Kassari_(Keina)_vallavalitsus, lk 40
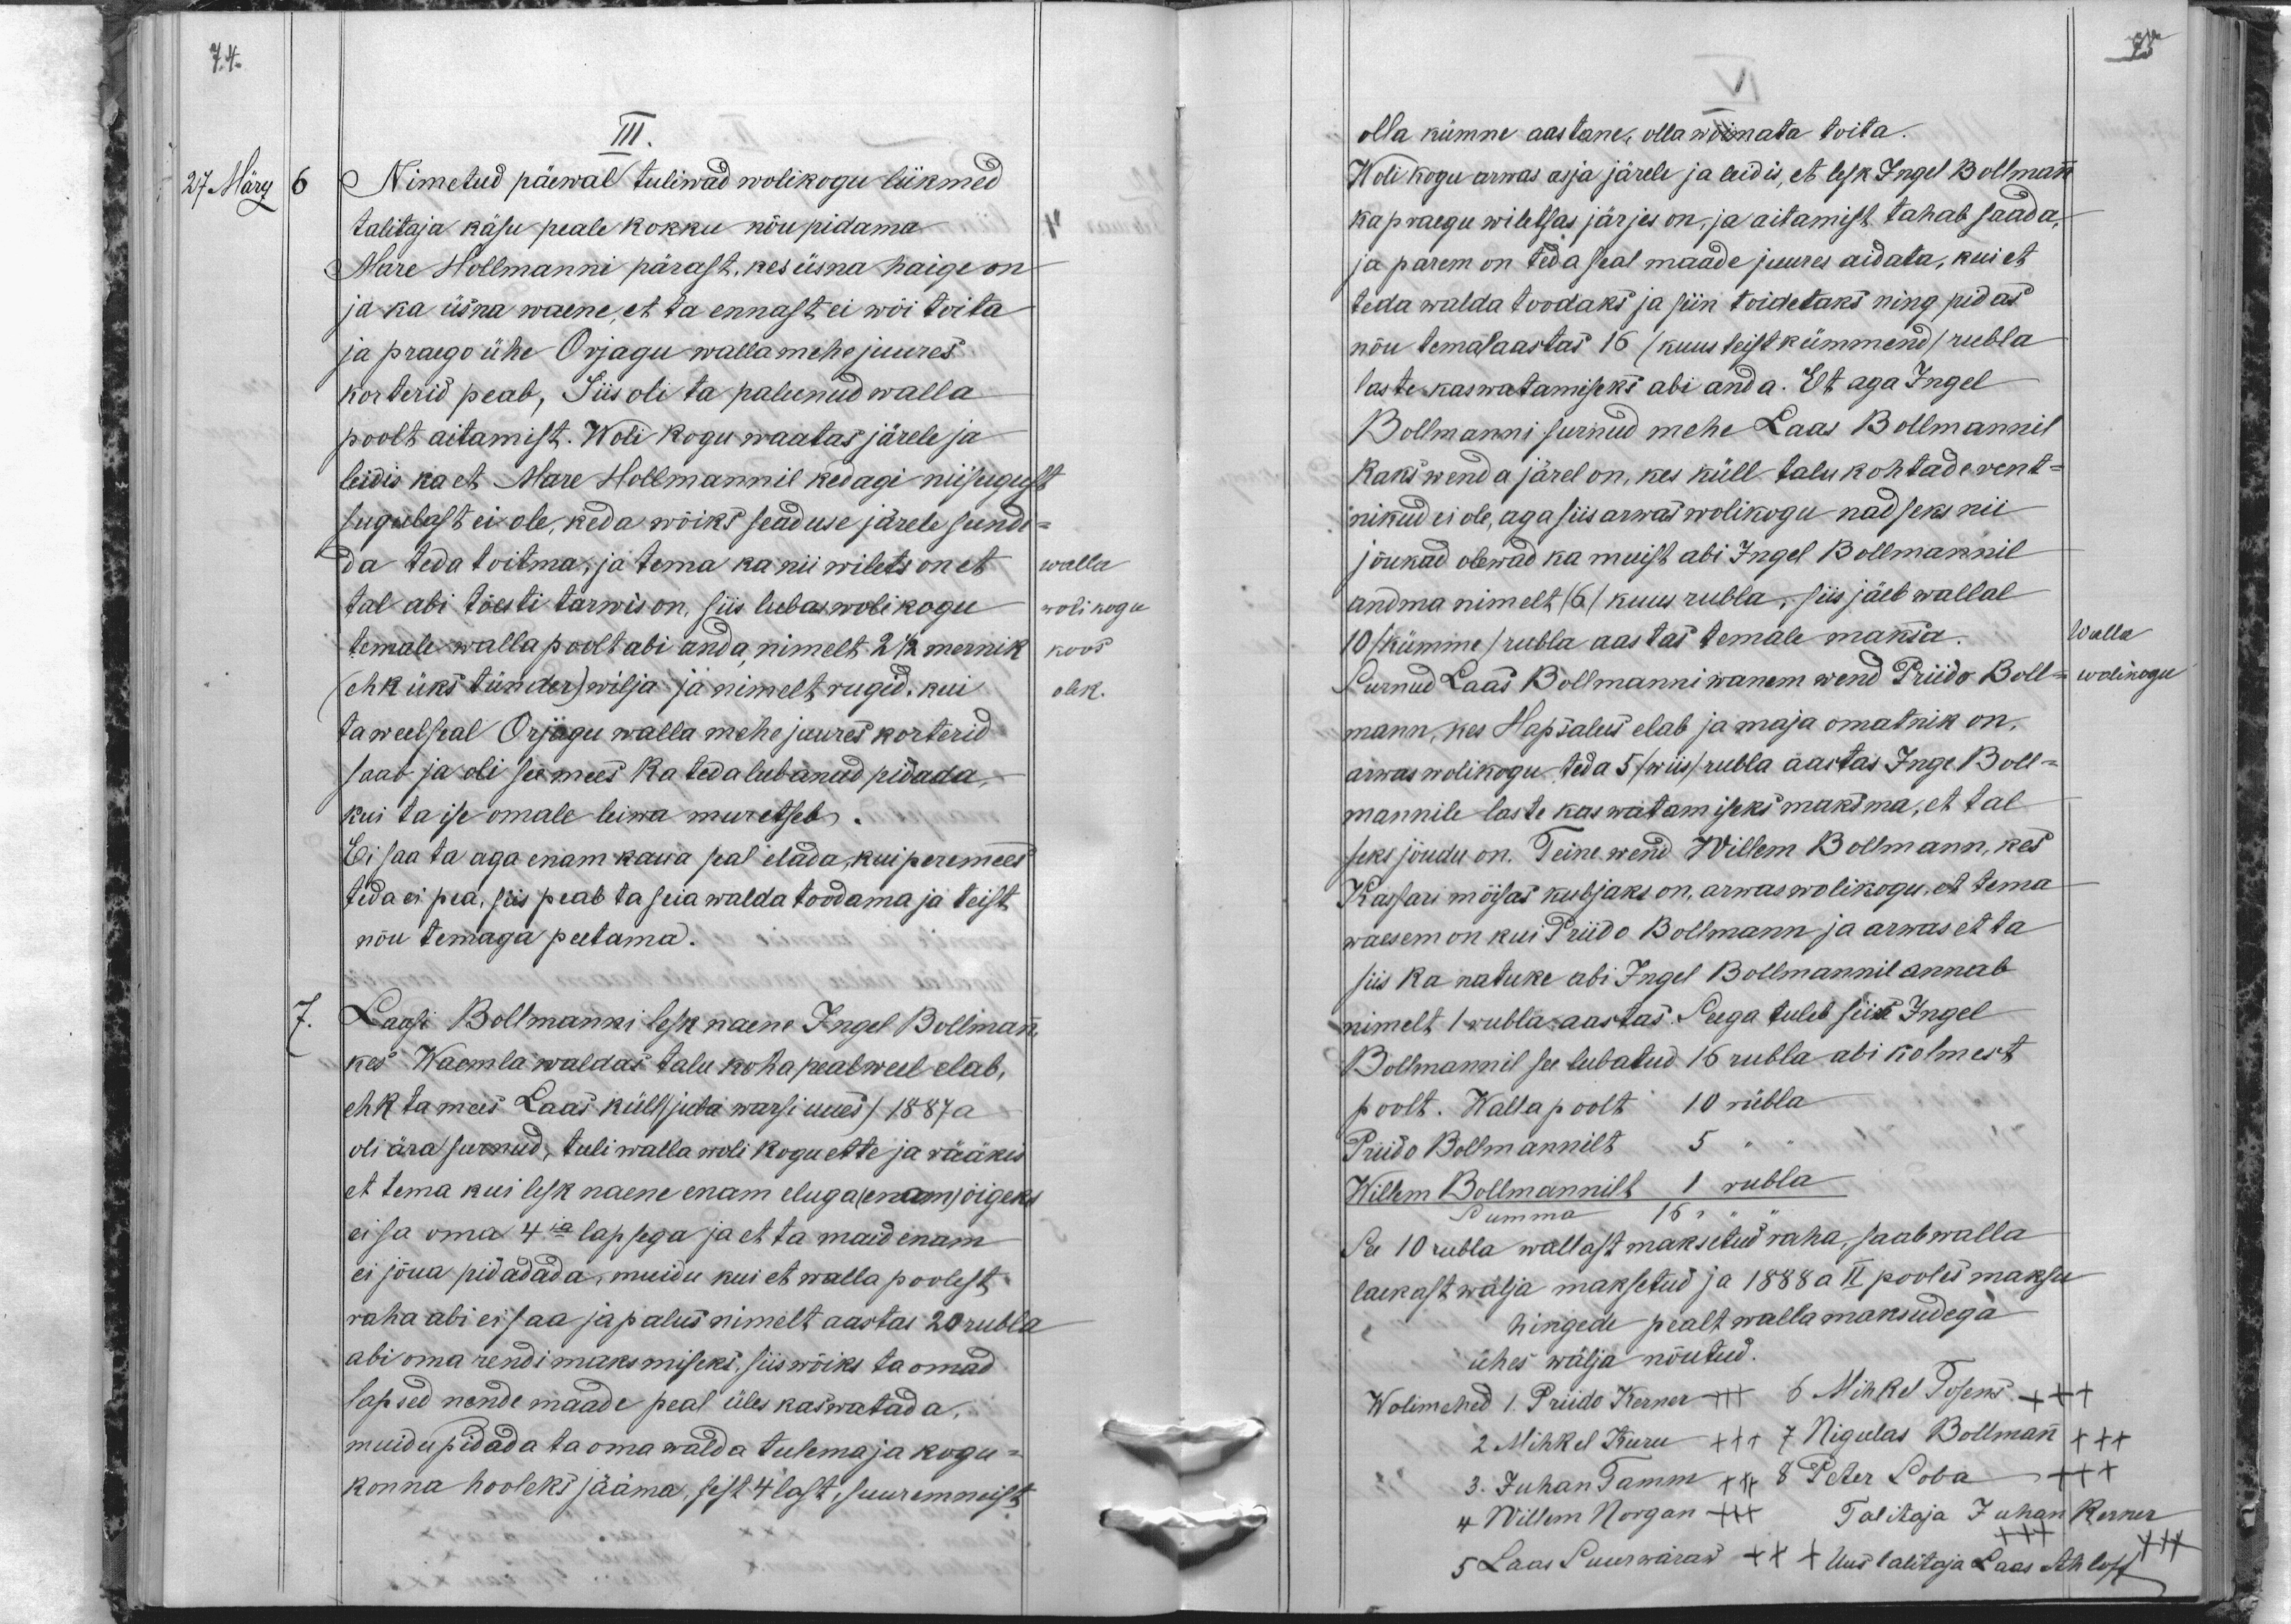
74

III.
27. März
6
Nimetud päewal tuliwad wolikogu liikmed
talitaja käsu peale kokku nõupidama
Mare Hollmanni pärast, kes üsna haige on
ja ka üsna waene, et ta ennast ei wõi toita
ja praego ühe Orjagu wallamehe juures
korterid peab, Siis oli ta palunud walla
poolt aitamist. Woli kogu waatas järele ja
leidis ka et Mare Hollmannil kedagi niisugust
sugulast ei ole, keda wõiks seaduse järele sundi-
da teda toitma, ja tema ka nii wilets on et
walla
tal abi tõesti tarwis on, siis lubas wolikogu
wolikogu
temale walla poolt abi anda nimelt 2 1/2 mernik
koos
(ehk üks tünder) wilja ja nimelt rugid, kui
olek.
ta weel seal Orjagu walla mehe juures korterid
saab ja oli see mees ka teda lubanud pidada,
kui ta ise omale leiwa muretseb.
Ei saa ta aga enam kaua seal elada, kui peremees
teda ei pea, siis peab ta seia walda toodama ja teist
nõu temaga peetama.
7.
Laasi Bollmanni lesk naene Ingel Bollmann
kes Waemla waldas talu koha peal weel elab,
ehk ta mees Laas küll (juba warsi uues) 1887 a
oli ära surnud, tuli walla wolikogu ette ja rääkis
et tema kui lesk naene enam eluga (enam) õigeks
ei sa oma 4ja lapsega ja et ta maid enam
ei jõua pidadada, muidu kui et walla poolest
raha abi ei saa ja palus nimelt aastas 20 rubla
abi oma rendi maksmiseks, siis wõiks ta omad
lapsed nende maade peal üles kaswatada,
muidu pidada ta oma walda tulema ja kogu-
konna hooleks jääma, sest 4 last, suurem neist

75
olla kümne aastane, olla wõimata toita.
Woli kogu arwas asja järele ja leidis, et lesk Ingel Bollmann
ka praegu wiletsas järjes on, ja aitamist tahab saada,
ja parem on teda seal maade juures aidata, kui et
teda walda toodaks ja siin toidetaks ning pidas
nõu temal aastas 16 (kuus teistkümmend) rubla
laste kaswatamiseks abi anda. Et aga Ingel
Bollmanni surnud mehe Laas Bollmannil
kaks wenda järel on, kes küll talu kohtade rent-
nikud ei ole, aga siis arwas wolikogu nad seks nii
jõukad olewad ka muist abi Ingel Bollmannil
andma nimelt /6/ kuus rubla, siis jäeb wallal
10/kümme/ rubla aastas temale maksa.
walla
Surnud Laas Bollmanni wanem wend Priido Boll-
wolikogu
mann, kes Hapsalus elab ja maja omatnik on.
arwas wolikogu teda 5/wiis/ rubla aastas Inge Boll-
mannile laste kaswatamiseks maksma, et tal
seks jõudu on. Teine wend Willem Bollmann, kes
Kassari mõisas kubjaks on, arwas wolikogu, et tema
waesem on kui Priido Bollmann ja arwas et ta
siis ka natuke abi Ingel Bollmannil annab
nimelt 1 rubla aastas. Seega tuleb siin Ingel
Bollmannil see lubatud 16 rubla abi kolmest
poolt. Walla poolt 10 rubla.
Priido Bollmannilt 5
Willem Bollmannilt 1 rubla
See 10 rubla wallast maksetud raha, saab walla
laekast wälja maksetud ja 1888 a II pooles maksu
hingede pealt walla maksudega
ühes wälja nõutud.
Wolimehed 1 Priido Kerner xxx 6 Mihkel Tosens xxx
2 Mihkel Kuru XXX 7 Nigulas Bollmann xxx
3. Juhan Tamm XXX 8 Peter Soba +++
4 Willem Norgan xxx Talitaja Juhan Kerner
5 Laas Suurwärav XXX Uus talitaja Laas Ahloff